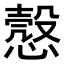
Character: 𢡱